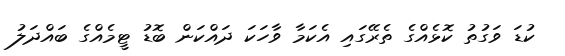
ކުޑަ ވަގުތު ކޮޅެއްގެ ތެރޭގައި އެކަމާ ވާހަކަ ދައްކަން ބޮޑު ޓީމެއްގެ ބައްދަލު